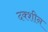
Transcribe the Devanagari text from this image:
दक्शीन